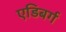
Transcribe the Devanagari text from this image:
एडिबर्ग